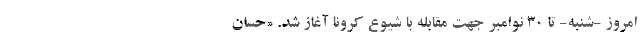
امروز -شنبه- تا ۳۰ نوامبر جهت مقابله با شیوع کرونا آغاز شد. «حسان